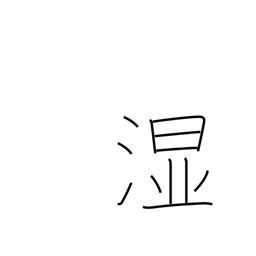
Meaning: wet